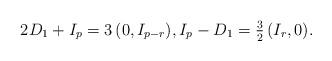
LaTeX: \begin{align*}2 D_1 +I_p= 3 \, (0, I_{p-r}), I_p-D_1=\textstyle \frac{3}{2}\, (I_r,0).\end{align*}